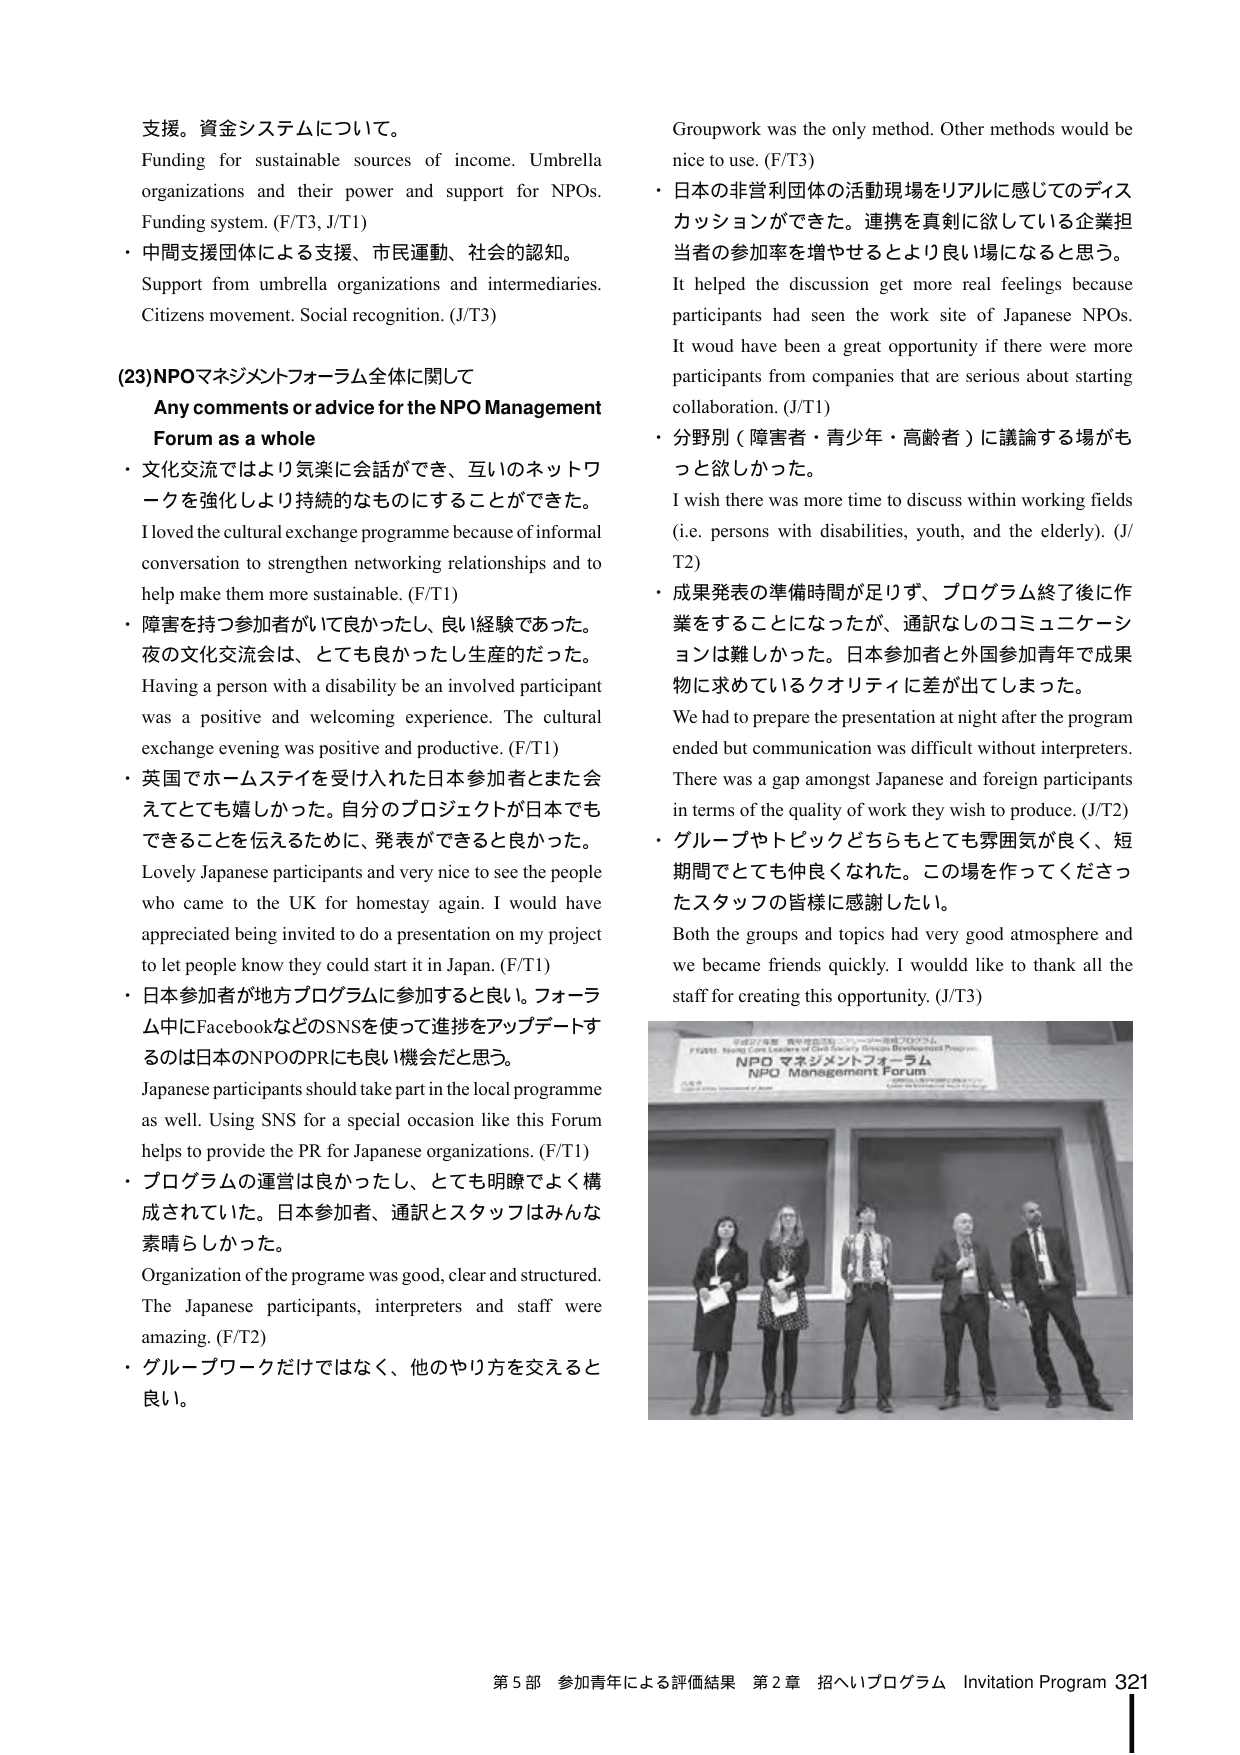
支援。資金システムについて。
Funding for sustainable sources of income. Umbrella organizations and their power and support for NPOs. Funding system. (F/T3, J/T1)
・中間支援団体による支援、市民運動、社会的認知。
Support from umbrella organizations and intermediaries. Citizens movement. Social recognition. (J/T3)

(23)NPOマネジメントフォーラム全体に関して
Any comments or advice for the NPO Management Forum as a whole
・文化交流ではより気楽に会話ができ、互いのネットワークを強化しより持続的なものにすることができた。
I loved the cultural exchange programme because of informal conversation to strengthen networking relationships and to help make them more sustainable. (F/T1)
・障害を持つ参加者がいて良かったし、良い経験であった。夜の文化交流会は、とても良かったし生産的だった。
Having a person with a disability be an involved participant was a positive and welcoming experience. The cultural exchange evening was positive and productive. (F/T1)
・英国でホームステイを受け入れた日本参加者とまた会えてとても嬉しかった。自分のプロジェクトが日本でもできることを伝えるために、発表ができると良かった。
Lovely Japanese participants and very nice to see the people who came to the UK for homestay again. I would have appreciated being invited to do a presentation on my project to let people know they could start it in Japan. (F/T1)
・日本参加者が地方プログラムに参加すると良い。フォーラム中にFacebookなどのSNSを使って進捗をアップデートするのは日本のNPOのPRにも良い機会だと思う。
Japanese participants should take part in the local programme as well. Using SNS for a special occasion like this Forum helps to provide the PR for Japanese organizations. (F/T1)
・プログラムの運営は良かったし、とても明瞭でよく構成されていた。日本参加者、通訳とスタッフはみんな素晴らしかった。
Organization of the programme was good, clear and structured. The Japanese participants, interpreters and staff were amazing. (F/T2)
・グループワークだけではなく、他のやり方を交えると良い。

Groupwork was the only method. Other methods would be nice to use. (F/T3)
・日本の非営利団体の活動現場をリアルに感じてのディスカッションができた。連携を真剣に欲している企業担当者の参加率を増やせるとより良い場になると思う。
It helped the discussion get more real feelings because participants had seen the work site of Japanese NPOs. It would have been a great opportunity if there were more participants from companies that are serious about starting collaboration. (J/T1)
・分野別（障害者・青少年・高齢者）に議論する場がもっと欲しかった。
I wish there was more time to discuss within working fields (i.e. persons with disabilities, youth, and the elderly). (J/T2)
・成果発表の準備時間が足りず、プログラム終了後に作業をすることになったが、通訳なしのコミュニケーションは難しかった。日本参加者と外国参加青年で成果物に求めているクオリティに差が出てしまった。
We had to prepare the presentation at night after the program ended but communication was difficult without interpreters. There was a gap amongst Japanese and foreign participants in terms of the quality of work they wish to produce. (J/T2)
・グループやトピックどちらもとても雰囲気が良く、短期間でとても仲良くなれた。この場を作ってくださったスタッフの皆様に感謝したい。
Both the groups and topics had very good atmosphere and we became friends quickly. I would like to thank all the staff for creating this opportunity. (J/T3)

FT2011 NPO Management Forum
NPO マネジメントフォーラム
NPO Management Forum

第5部 参加青年による評価結果 第2章 招へいプログラム Invitation Program 321